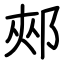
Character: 郟